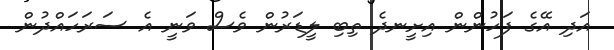
އަދި އޭގެ ފަހުންން އިށީނދެ ތިބި ލީޑަރުން ވެސް ވަނީ އެ ސަރަހައްދުން